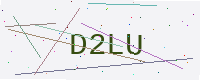
Text: D2LU